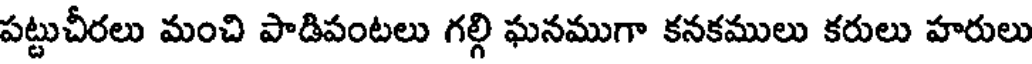
పట్టుచీరలు మంచి పాడిపంటలు గల్గి ఘనముగా కనకములు కరులు హరులు